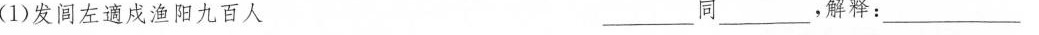
(1)发闾左通戍渔阳九百人 ___同___，解释：___